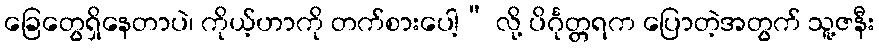
ခြေတွေရှိနေတာပဲ၊ ကိုယ့်ဟာကို တက်စားပေါ့” လို့ ပိင်္ဂုတ္တရက ပြောတဲ့အတွက် သူ့ဇနီး